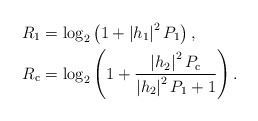
\begin{align*}R_{1}&=\log_{2}\left(1+\left|h_{1}\right|^{2}P_1\right),\\R_{\mathrm{c}}&=\log_{2}\left(1+\frac{\left|h_{2}\right|^{2}P_{\mathrm{c}}}{\left|h_{2}\right|^{2}P_1+1}\right).\end{align*}